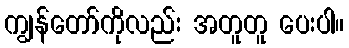
ကျွန်တော်ကိုလည်း အတူတူ ပေးပါ။